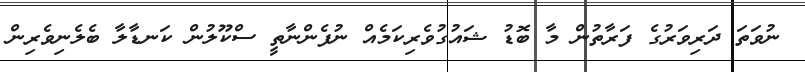
ނުވަތަ ދަރިވަރުގެ ފަރާތުން މާ ބޮޑު ޝައުގުވެރިކަމެއް ނުފެންނާތީ ސްކޫލުން ކަނޑާލާ ބެލެނިވެރިން